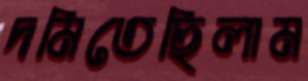
দমিতেছিলাম